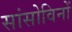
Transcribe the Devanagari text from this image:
सांसोविनों